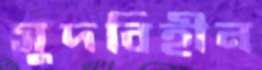
সুদবিহীন